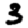
Digit: 3